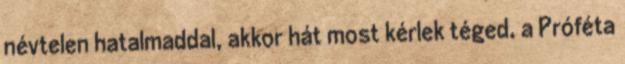
névtelen hatalmaddal, akkor hát most kérlek téged, a Próféta